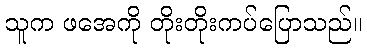
သူက ဖအေကို တိုးတိုးကပ်ပြောသည်။